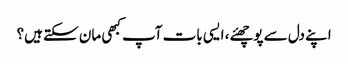
اپنے دل سے پوچھئے، ایسی بات آپ کبھی مان سکتے ہیں؟